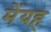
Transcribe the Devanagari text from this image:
मेंयह